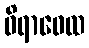
ဝိရာဓေထ